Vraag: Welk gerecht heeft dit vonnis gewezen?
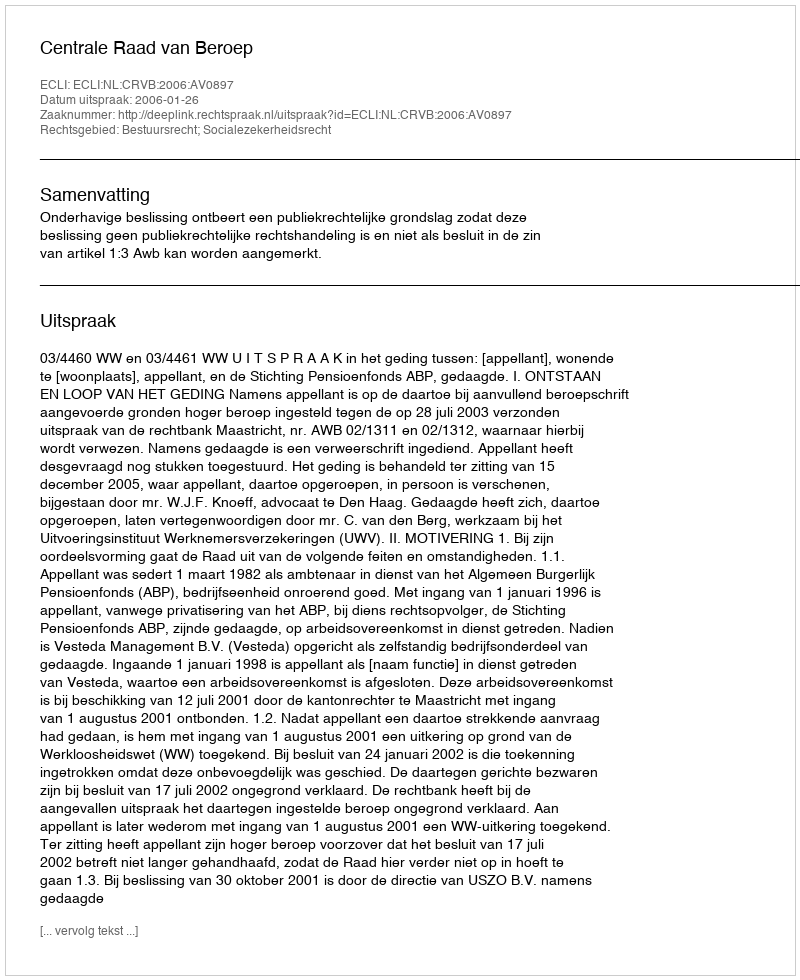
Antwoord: Centrale Raad van Beroep